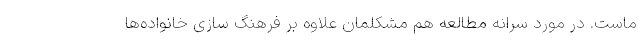
ماست. در مورد سرانه مطالعه هم مشکلمان علاوه بر فرهنگ سازی خانواده‌ها